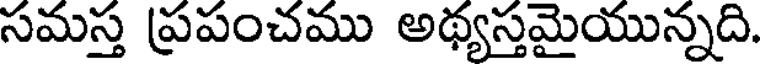
సమస్త ప్రపంచము అథ్యస్తమైయున్నది.